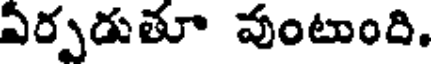
ఏర్పడుతూ వుంటుంది.